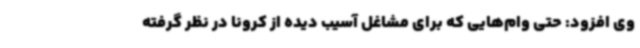
وی افزود: حتی وام‌هایی که برای مشاغل آسیب دیده از کرونا در نظر گرفته